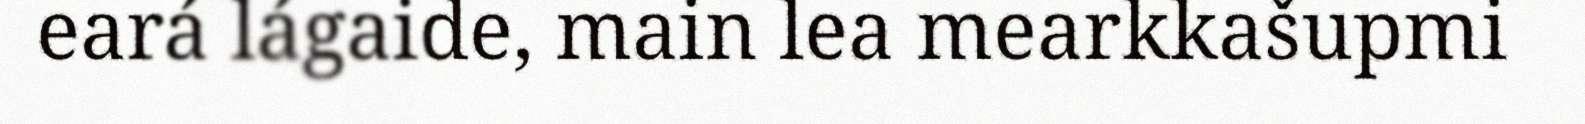
eará lágaide, main lea mearkkašupmi